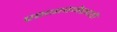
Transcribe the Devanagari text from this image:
प्रस्थापनेसाठी